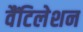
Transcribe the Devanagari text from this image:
वैंटिलेशन